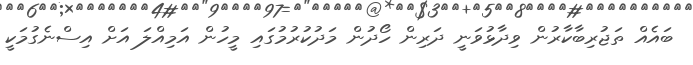
ބައެއް ތަޖުރިބާކާރުން ވިދާޅުވަނީ ދަރިން ހޯދުން މަދުކުރުމުގައި މީހުން އަމިއްލަ އަށް އިސްނެގުމަކީ